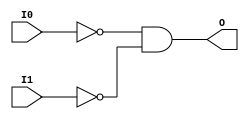
module AND2B2 (O, I0, I1);

    output O;

    input  I0, I1;

    wire i0_inv;
    wire i1_inv;

    not N1 (i1_inv, I1);
    not N0 (i0_inv, I0);
    and A1 (O, i0_inv, i1_inv);


endmodule